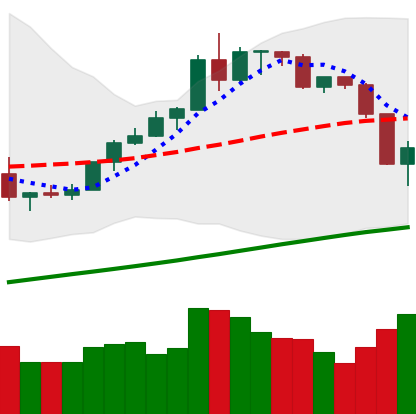
Ticker: BTC-USD
Chart end date: 2019-08-15
Forward return: 4.38%
Label: up_3_5